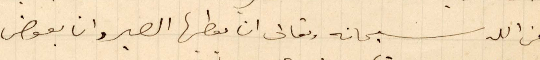
من الله سبحانه وتعلى ان يعطيها الصبر وان يعوض